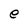
Character: e